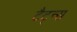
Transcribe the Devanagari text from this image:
टैट्न्स